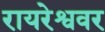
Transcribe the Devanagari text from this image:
रायरेश्ववर